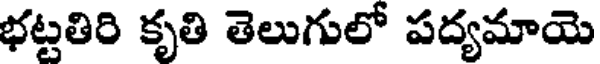
భట్టతిరి కృతి తెలుగులో పద్యమాయె